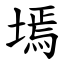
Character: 墕